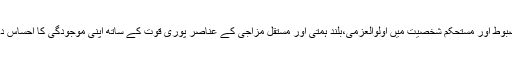
ان کی مضبوط اور مستحکم شخصیت میں اولوالعزمی،بلند ہمتی اور مستقل مزاجی کے عناصر پوری قوت کے ساتھ اپنی موجودگی کا احساس دلاتے ہیں۔